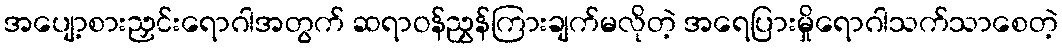
အပျော့စားညှင်းရောဂါအတွက် ဆရာဝန်ညွှန်ကြားချက်မလိုတဲ့ အရေပြားမှိုရောဂါသက်သာစေတဲ့